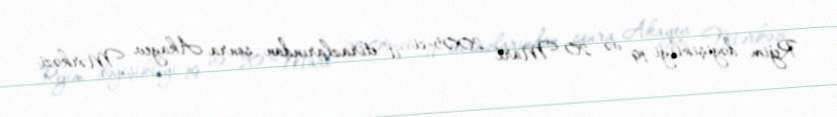
Rejim dəyişikliyi 19 və 20 Mart 2005-ci il etirazlarından sonra Akayev Mərkəzi